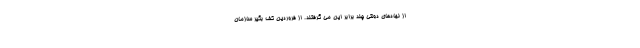
از نهادهای دولتی چند برابر این می گرفتند. از فروردین کف بگیر سازمان